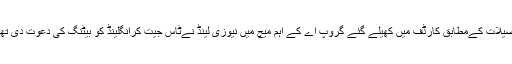
تفصیلات کےمطابق کارڈف میں کھیلے گئے گروپ اے کے اہم میچ میں نیوزی لینڈ نےٹاس جیت کرانگلینڈ کو بیٹنگ کی دعوت دی تھی۔